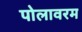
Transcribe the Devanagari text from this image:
पोलावरम